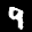
Label: 9